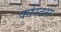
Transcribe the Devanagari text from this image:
कोस्टस